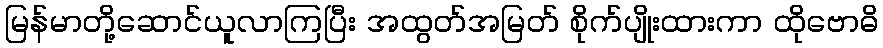
မြန်မာတို့ဆောင်ယူလာကြပြီး အထွတ်အမြတ် စိုက်ပျိုးထားကာ ထိုဗောဓိ